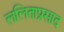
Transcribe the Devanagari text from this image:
ललिताप्रसाद